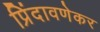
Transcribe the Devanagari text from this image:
प्रिंदावणेकर